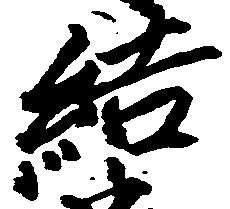
結